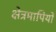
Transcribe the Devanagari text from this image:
क्षेत्रमापियों